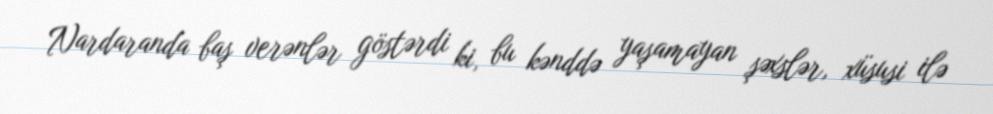
Nardaranda baş verənlər göstərdi ki, bu kənddə yaşamayan şəxslər, xüsusi ilə